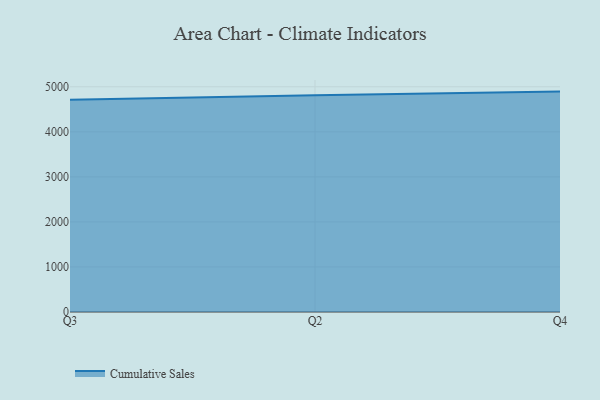
{"axis": {"x": "Quarter", "y": "LTV (USD)"}, "legend": ["Cumulative Sales"], "data": [{"x": "Q3", "y": 4711.2, "type": "Cumulative Sales"}, {"x": "Q2", "y": 4814.0, "type": "Cumulative Sales"}, {"x": "Q4", "y": 4892.8, "type": "Cumulative Sales"}]}